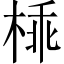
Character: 𣔪